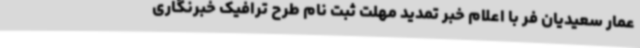
عمار سعیدیان فر با اعلام خبر تمدید مهلت ثبت نام طرح ترافیک خبرنگاری